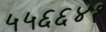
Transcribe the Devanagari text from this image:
५५६६४१